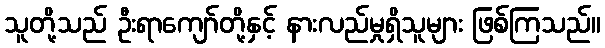
သူတို့သည် ဦးရာကျော်တို့နှင့် နားလည်မှုရှိသူများ ဖြစ်ကြသည်။